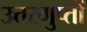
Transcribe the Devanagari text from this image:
उत्तरगुप्तों